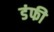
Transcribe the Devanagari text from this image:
डंफी